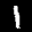
Label: 1